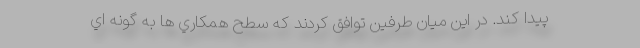
پيدا كند. در اين ميان طرفين توافق كردند كه سطح همكاري ها به گونه اي